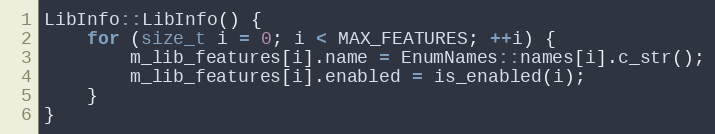
Language: C++
LibInfo::LibInfo() {
    for (size_t i = 0; i < MAX_FEATURES; ++i) {
        m_lib_features[i].name = EnumNames::names[i].c_str();
        m_lib_features[i].enabled = is_enabled(i);
    }
}